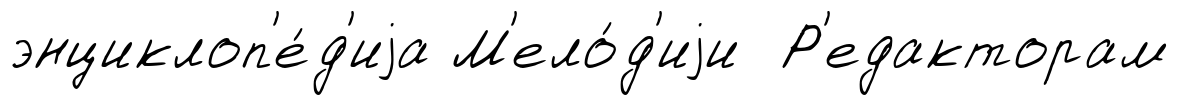
энциклоп'е́д'иjа М'ело́д'иjи Р'едакторам